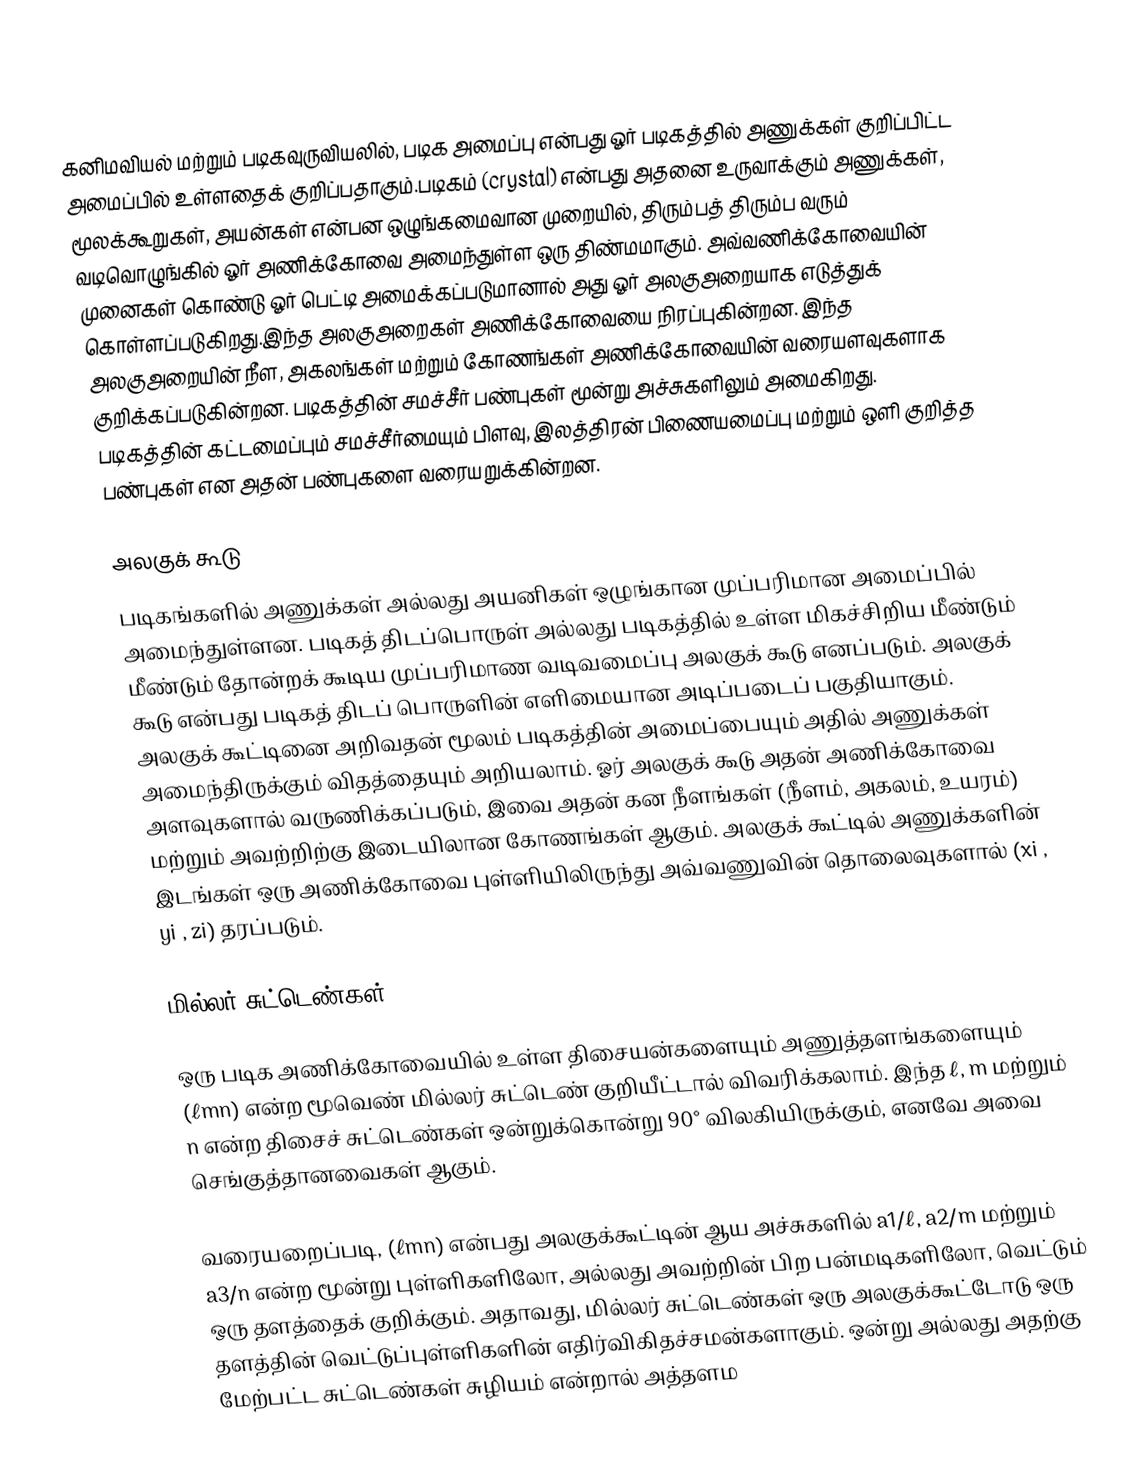
கனிமவியல் மற்றும் படிகவுருவியலில், படிக அமைப்பு என்பது ஓர் படிகத்தில் அணுக்கள் குறிப்பிட்ட அமைப்பில் உள்ளதைக் குறிப்பதாகும்.படிகம் (crystal)  என்பது அதனை உருவாக்கும் அணுக்கள், மூலக்கூறுகள், அயன்கள் என்பன ஒழுங்கமைவான முறையில், திரும்பத் திரும்ப வரும் வடிவொழுங்கில் ஓர் அணிக்கோவை அமைந்துள்ள ஒரு திண்மமாகும். அவ்வணிக்கோவையின் முனைகள் கொண்டு ஓர் பெட்டி அமைக்கப்படுமானால் அது ஓர் அலகுஅறையாக எடுத்துக் கொள்ளப்படுகிறது.இந்த அலகுஅறைகள் அணிக்கோவையை நிரப்புகின்றன. இந்த அலகுஅறையின் நீள, அகலங்கள் மற்றும் கோணங்கள் அணிக்கோவையின் வரையளவுகளாக குறிக்கப்படுகின்றன. படிகத்தின் சமச்சீர் பண்புகள் மூன்று அச்சுகளிலும் அமைகிறது. படிகத்தின் கட்டமைப்பும் சமச்சீர்மையும் பிளவு, இலத்திரன் பிணையமைப்பு மற்றும் ஒளி குறித்த பண்புகள் என அதன் பண்புகளை வரையறுக்கின்றன.

அலகுக் கூடு
படிகங்களில் அணுக்கள் அல்லது அயனிகள் ஒழுங்கான முப்பரிமான அமைப்பில் அமைந்துள்ளன. படிகத் திடப்பொருள் அல்லது படிகத்தில் உள்ள மிகச்சிறிய மீண்டும் மீண்டும் தோன்றக் கூடிய முப்பரிமாண வடிவமைப்பு அலகுக் கூடு எனப்படும். அலகுக் கூடு என்பது படிகத் திடப் பொருளின் எளிமையான அடிப்படைப் பகுதியாகும். அலகுக் கூட்டினை அறிவதன் மூலம் படிகத்தின் அமைப்பையும் அதில் அணுக்கள் அமைந்திருக்கும் விதத்தையும் அறியலாம். ஓர் அலகுக் கூடு அதன் அணிக்கோவை அளவுகளால் வருணிக்கப்படும், இவை அதன் கன நீளங்கள் (நீளம், அகலம், உயரம்) மற்றும் அவற்றிற்கு இடையிலான கோணங்கள் ஆகும். அலகுக் கூட்டில் அணுக்களின் இடங்கள் ஒரு அணிக்கோவை புள்ளியிலிருந்து அவ்வணுவின் தொலைவுகளால் (xi  , yi  , zi) தரப்படும்.

மில்லர் சுட்டெண்கள்

ஒரு படிக அணிக்கோவையில் உள்ள திசையன்களையும் அணுத்தளங்களையும் (ℓmn) என்ற மூவெண் மில்லர் சுட்டெண் குறியீட்டால் விவரிக்கலாம். இந்த ℓ, m மற்றும் n என்ற திசைச் சுட்டெண்கள் ஒன்றுக்கொன்று 90° விலகியிருக்கும், எனவே அவை செங்குத்தானவைகள் ஆகும்.

வரையறைப்படி, (ℓmn) என்பது அலகுக்கூட்டின் ஆய அச்சுகளில் a1/ℓ, a2/m மற்றும் a3/n என்ற மூன்று புள்ளிகளிலோ, அல்லது அவற்றின் பிற பன்மடிகளிலோ, வெட்டும் ஒரு தளத்தைக் குறிக்கும். அதாவது, மில்லர் சுட்டெண்கள் ஒரு அலகுக்கூட்டோடு ஒரு தளத்தின் வெட்டுப்புள்ளிகளின் எதிர்விகிதச்சமன்களாகும். ஒன்று அல்லது அதற்கு மேற்பட்ட சுட்டெண்கள் சுழியம் என்றால் அத்தளம